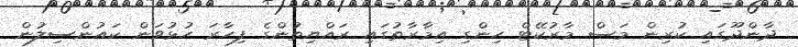
ދާންދޫގައި ކުރިން މަސް މާރުކޭޓް ހިންގި އިމާރާތުގައި ރައްޔިތުންގެ ފިހާރަ ހުޅުވަން ކައުންސިލުން